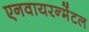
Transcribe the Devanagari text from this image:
एनवायरन्मेंटल